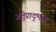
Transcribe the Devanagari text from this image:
जंतुप्रादुर्भाव